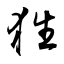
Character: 狌